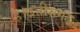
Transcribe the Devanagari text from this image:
है।छत्तीसगढ